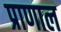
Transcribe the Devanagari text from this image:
प्राणाल